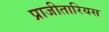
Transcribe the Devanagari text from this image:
प्राजीतारियस